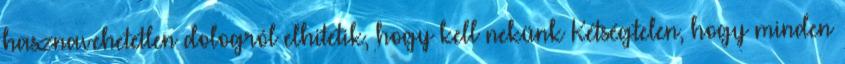
hasznavehetetlen dologról elhitetik, hogy kell nekünk Kétségtelen, hogy minden